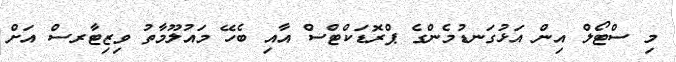
މި ސްޓޯލް އިން އަޅުގަނޑުމެންގެ ޕްރޮޑަކްޓްސް އާއި ބެހޭ މައުލޫމާތު ވިޒިޓާރސް އަށް